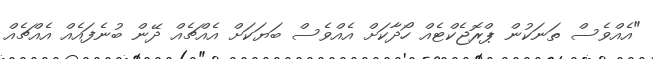
"އެއްވެސް ތަނަކުން ޕްރޮޖެކްޓެއް ހޯދާކަށް އެއްވެސް ބަޔަކަށް އެއްޗެއް ދޭން ބުނެފައެއް އެއްޗެއް